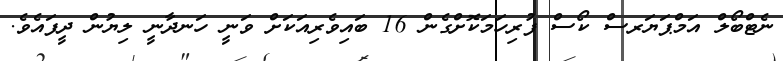
ނެޓްބޯލް އަމްޕަޔަރސް ކޯސް ފުރިހަމަކޮށްގެން 16 ބައިވެރިއަކަށް ވަނީ ހަނދާނީ ލިޔުން ދީފައެވެ.